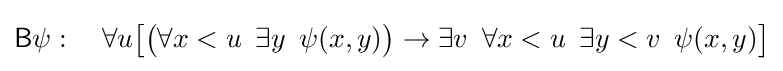
{\mathsf {B}}\psi :\quad \forall u{\big [}{\big (}\forall x<u\ \,\exists y\ \,\psi (x,y){\big )}\to \exists v\ \,\forall x<u\ \,\exists y<v\ \,\psi (x,y){\big ]}